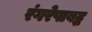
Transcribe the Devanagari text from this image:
रंगरेषाबद्ध